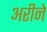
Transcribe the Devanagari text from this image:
अरीने